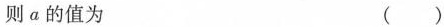
则α的值为 ()